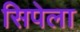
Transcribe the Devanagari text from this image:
सिपेला